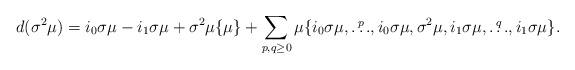
LaTeX: \begin{align*}d(\sigma^2\mu)&=i_0\sigma\mu-i_1\sigma\mu+\sigma^2\mu\{\mu\}+\sum_{p,q\geq0} \mu\{i_0\sigma\mu,\stackrel{p}{\dots},i_0\sigma\mu,\sigma^2\mu,i_1\sigma\mu,\stackrel{q}{\dots},i_1\sigma\mu\}.\end{align*}